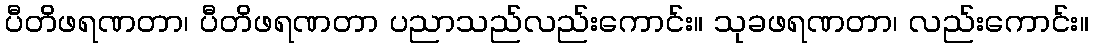
ပီတိဖရဏတာ၊ ပီတိဖရဏတာ ပညာသည်လည်းကောင်း။ သုခဖရဏတာ၊ လည်းကောင်း။